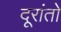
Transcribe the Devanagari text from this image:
दूरांतो